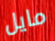
مايل